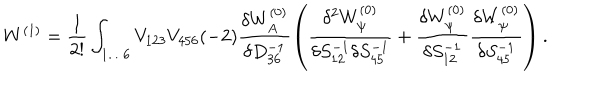
LaTeX: W ^ { ( 1 ) } = \frac { 1 } { 2 ! } \int _ { 1 \ldots 6 } V _ { 1 2 3 } V _ { 4 5 6 } ( - 2 ) \frac { \delta W _ { A } ^ { ( 0 ) } } { \delta D _ { 3 6 } ^ { - 1 } } \left( \frac { \delta ^ { 2 } W _ { \psi } ^ { ( 0 ) } } { \delta S _ { 1 2 } ^ { - 1 } \delta S _ { 4 5 } ^ { - 1 } } + \frac { \delta W _ { \psi } ^ { ( 0 ) } } { \delta S _ { 1 2 } ^ { - 1 } } \frac { \delta W _ { \psi } ^ { ( 0 ) } } { \delta S _ { 4 5 } ^ { - 1 } } \right) .